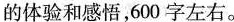
的体验和感悟，600字左右。